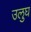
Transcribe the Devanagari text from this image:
उलुघ